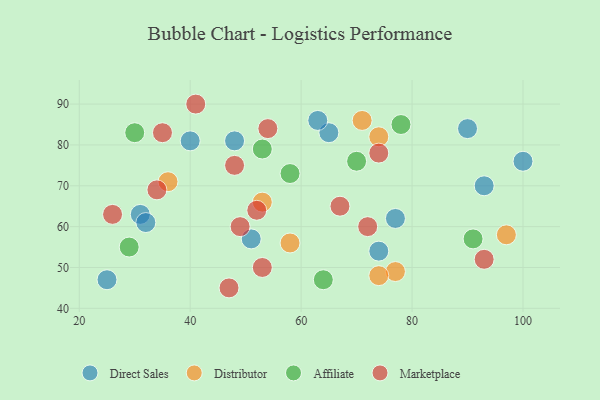
{"axis": {"x": "GDP", "y": "Life Expectancy"}, "legend": ["Affiliate", "Direct Sales", "Distributor", "Marketplace"], "data": [{"x": "51", "y": 57, "type": "Direct Sales"}, {"x": "100", "y": 76, "type": "Direct Sales"}, {"x": "40", "y": 81, "type": "Direct Sales"}, {"x": "65", "y": 83, "type": "Direct Sales"}, {"x": "90", "y": 84, "type": "Direct Sales"}, {"x": "25", "y": 47, "type": "Direct Sales"}, {"x": "63", "y": 86, "type": "Direct Sales"}, {"x": "93", "y": 70, "type": "Direct Sales"}, {"x": "48", "y": 81, "type": "Direct Sales"}, {"x": "77", "y": 62, "type": "Direct Sales"}, {"x": "31", "y": 63, "type": "Direct Sales"}, {"x": "32", "y": 61, "type": "Direct Sales"}, {"x": "74", "y": 54, "type": "Direct Sales"}, {"x": "77", "y": 49, "type": "Distributor"}, {"x": "36", "y": 71, "type": "Distributor"}, {"x": "71", "y": 86, "type": "Distributor"}, {"x": "74", "y": 82, "type": "Distributor"}, {"x": "74", "y": 48, "type": "Distributor"}, {"x": "58", "y": 56, "type": "Distributor"}, {"x": "97", "y": 58, "type": "Distributor"}, {"x": "53", "y": 66, "type": "Distributor"}, {"x": "70", "y": 76, "type": "Affiliate"}, {"x": "30", "y": 83, "type": "Affiliate"}, {"x": "64", "y": 47, "type": "Affiliate"}, {"x": "58", "y": 73, "type": "Affiliate"}, {"x": "53", "y": 79, "type": "Affiliate"}, {"x": "91", "y": 57, "type": "Affiliate"}, {"x": "29", "y": 55, "type": "Affiliate"}, {"x": "78", "y": 85, "type": "Affiliate"}, {"x": "26", "y": 63, "type": "Marketplace"}, {"x": "54", "y": 84, "type": "Marketplace"}, {"x": "41", "y": 90, "type": "Marketplace"}, {"x": "53", "y": 50, "type": "Marketplace"}, {"x": "34", "y": 69, "type": "Marketplace"}, {"x": "74", "y": 78, "type": "Marketplace"}, {"x": "48", "y": 75, "type": "Marketplace"}, {"x": "47", "y": 45, "type": "Marketplace"}, {"x": "35", "y": 83, "type": "Marketplace"}, {"x": "49", "y": 60, "type": "Marketplace"}, {"x": "52", "y": 64, "type": "Marketplace"}, {"x": "72", "y": 60, "type": "Marketplace"}, {"x": "67", "y": 65, "type": "Marketplace"}, {"x": "93", "y": 52, "type": "Marketplace"}]}